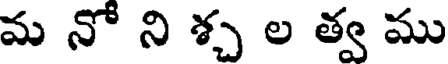
మ నో ని శ్చ ల త్వ ము